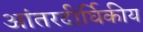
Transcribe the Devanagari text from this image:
आंतरदीर्घिकीय